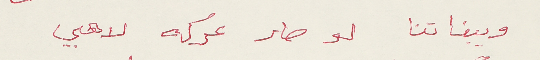
وبيناتنا لو صار عركه لاهي